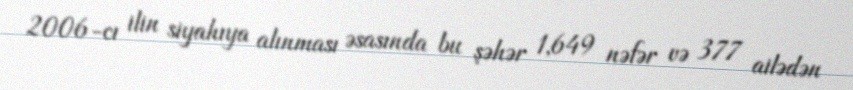
2006-cı ilin siyahıya alınması əsasında bu şəhər 1,649 nəfər və 377 ailədən